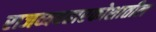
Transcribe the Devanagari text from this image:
राजव्यवहारकोशातील